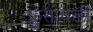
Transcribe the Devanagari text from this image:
कुसावळी